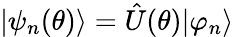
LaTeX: |\psi_{n}(\theta)\rangle=\hat{U}(\theta)|\varphi_{n}\rangle